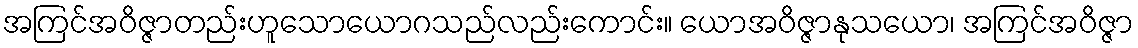
အကြင်အဝိဇ္ဇာတည်းဟူသောယောဂသည်လည်းကောင်း။ ယောအဝိဇ္ဇာနုသယော၊ အကြင်အဝိဇ္ဇာ